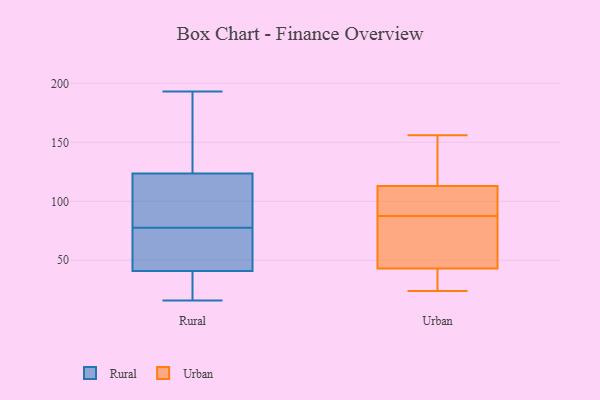
{"axis": {"x": "Headcount", "y": "Value"}, "legend": ["Rural", "Urban"], "data": [{"x": "", "y": 133, "type": "Rural"}, {"x": "", "y": 80, "type": "Rural"}, {"x": "", "y": 75, "type": "Rural"}, {"x": "", "y": 56, "type": "Rural"}, {"x": "", "y": 72, "type": "Rural"}, {"x": "", "y": 127, "type": "Rural"}, {"x": "", "y": 33, "type": "Rural"}, {"x": "", "y": 110, "type": "Rural"}, {"x": "", "y": 193, "type": "Rural"}, {"x": "", "y": 187, "type": "Rural"}, {"x": "", "y": 21, "type": "Rural"}, {"x": "", "y": 120, "type": "Rural"}, {"x": "", "y": 16, "type": "Rural"}, {"x": "", "y": 35, "type": "Rural"}, {"x": "", "y": 94, "type": "Rural"}, {"x": "", "y": 47, "type": "Rural"}, {"x": "", "y": 139, "type": "Urban"}, {"x": "", "y": 156, "type": "Urban"}, {"x": "", "y": 27, "type": "Urban"}, {"x": "", "y": 24, "type": "Urban"}, {"x": "", "y": 99, "type": "Urban"}, {"x": "", "y": 95, "type": "Urban"}, {"x": "", "y": 113, "type": "Urban"}, {"x": "", "y": 61, "type": "Urban"}, {"x": "", "y": 80, "type": "Urban"}, {"x": "", "y": 43, "type": "Urban"}]}